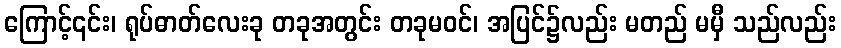
ကြောင့်၎င်း၊ ရုပ်ဓာတ်လေးခု တခုအတွင်း တခုမဝင်၊ အပြင်၌လည်း မတည် မမှီ သည်လည်း